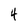
Character: 4